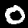
Digit: 0